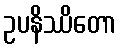
ဥပနိဿိတော